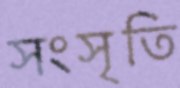
সংসৃতি